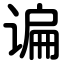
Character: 谝